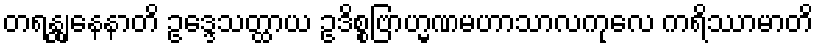
တရန္တျနေနာတိ ဥဒ္ဒေသတ္ထာယ ဥဒိစ္စဗြာဟ္မဏမဟာသာလကုလေ ကရိဿာမာတိ